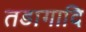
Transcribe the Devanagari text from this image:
तडागादि